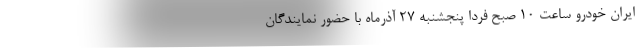
ایران خودرو ساعت ۱۰ صبح فردا پنجشنبه ۲۷ آذرماه با حضور نمایندگان